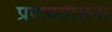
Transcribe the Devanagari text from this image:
प्रणयवासना